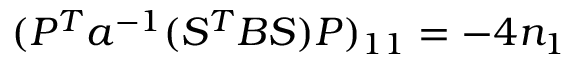
( P ^ { T } a ^ { - 1 } ( S ^ { T } B S ) P ) _ { 1 1 } = - 4 n _ { 1 }